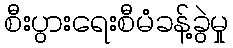
စီးပွားရေးစီမံခန့်ခွဲမှု